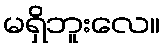
မရှိဘူးလေ။